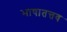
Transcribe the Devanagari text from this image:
भाषातत्तव